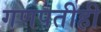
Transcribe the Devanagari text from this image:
गणपतीही